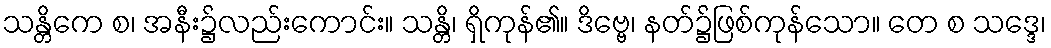
သန္တိကေ စ၊ အနီး၌လည်းကောင်း။ သန္တိ၊ ရှိကုန်၏။ ဒိဗ္ဗေ၊ နတ်၌ဖြစ်ကုန်သော။ တေ စ သဒ္ဒေ၊